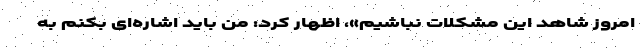
امروز شاهد این مشکلات نباشیم»، اظهار کرد: من باید اشاره‌ای بکنم به